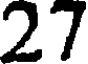
27